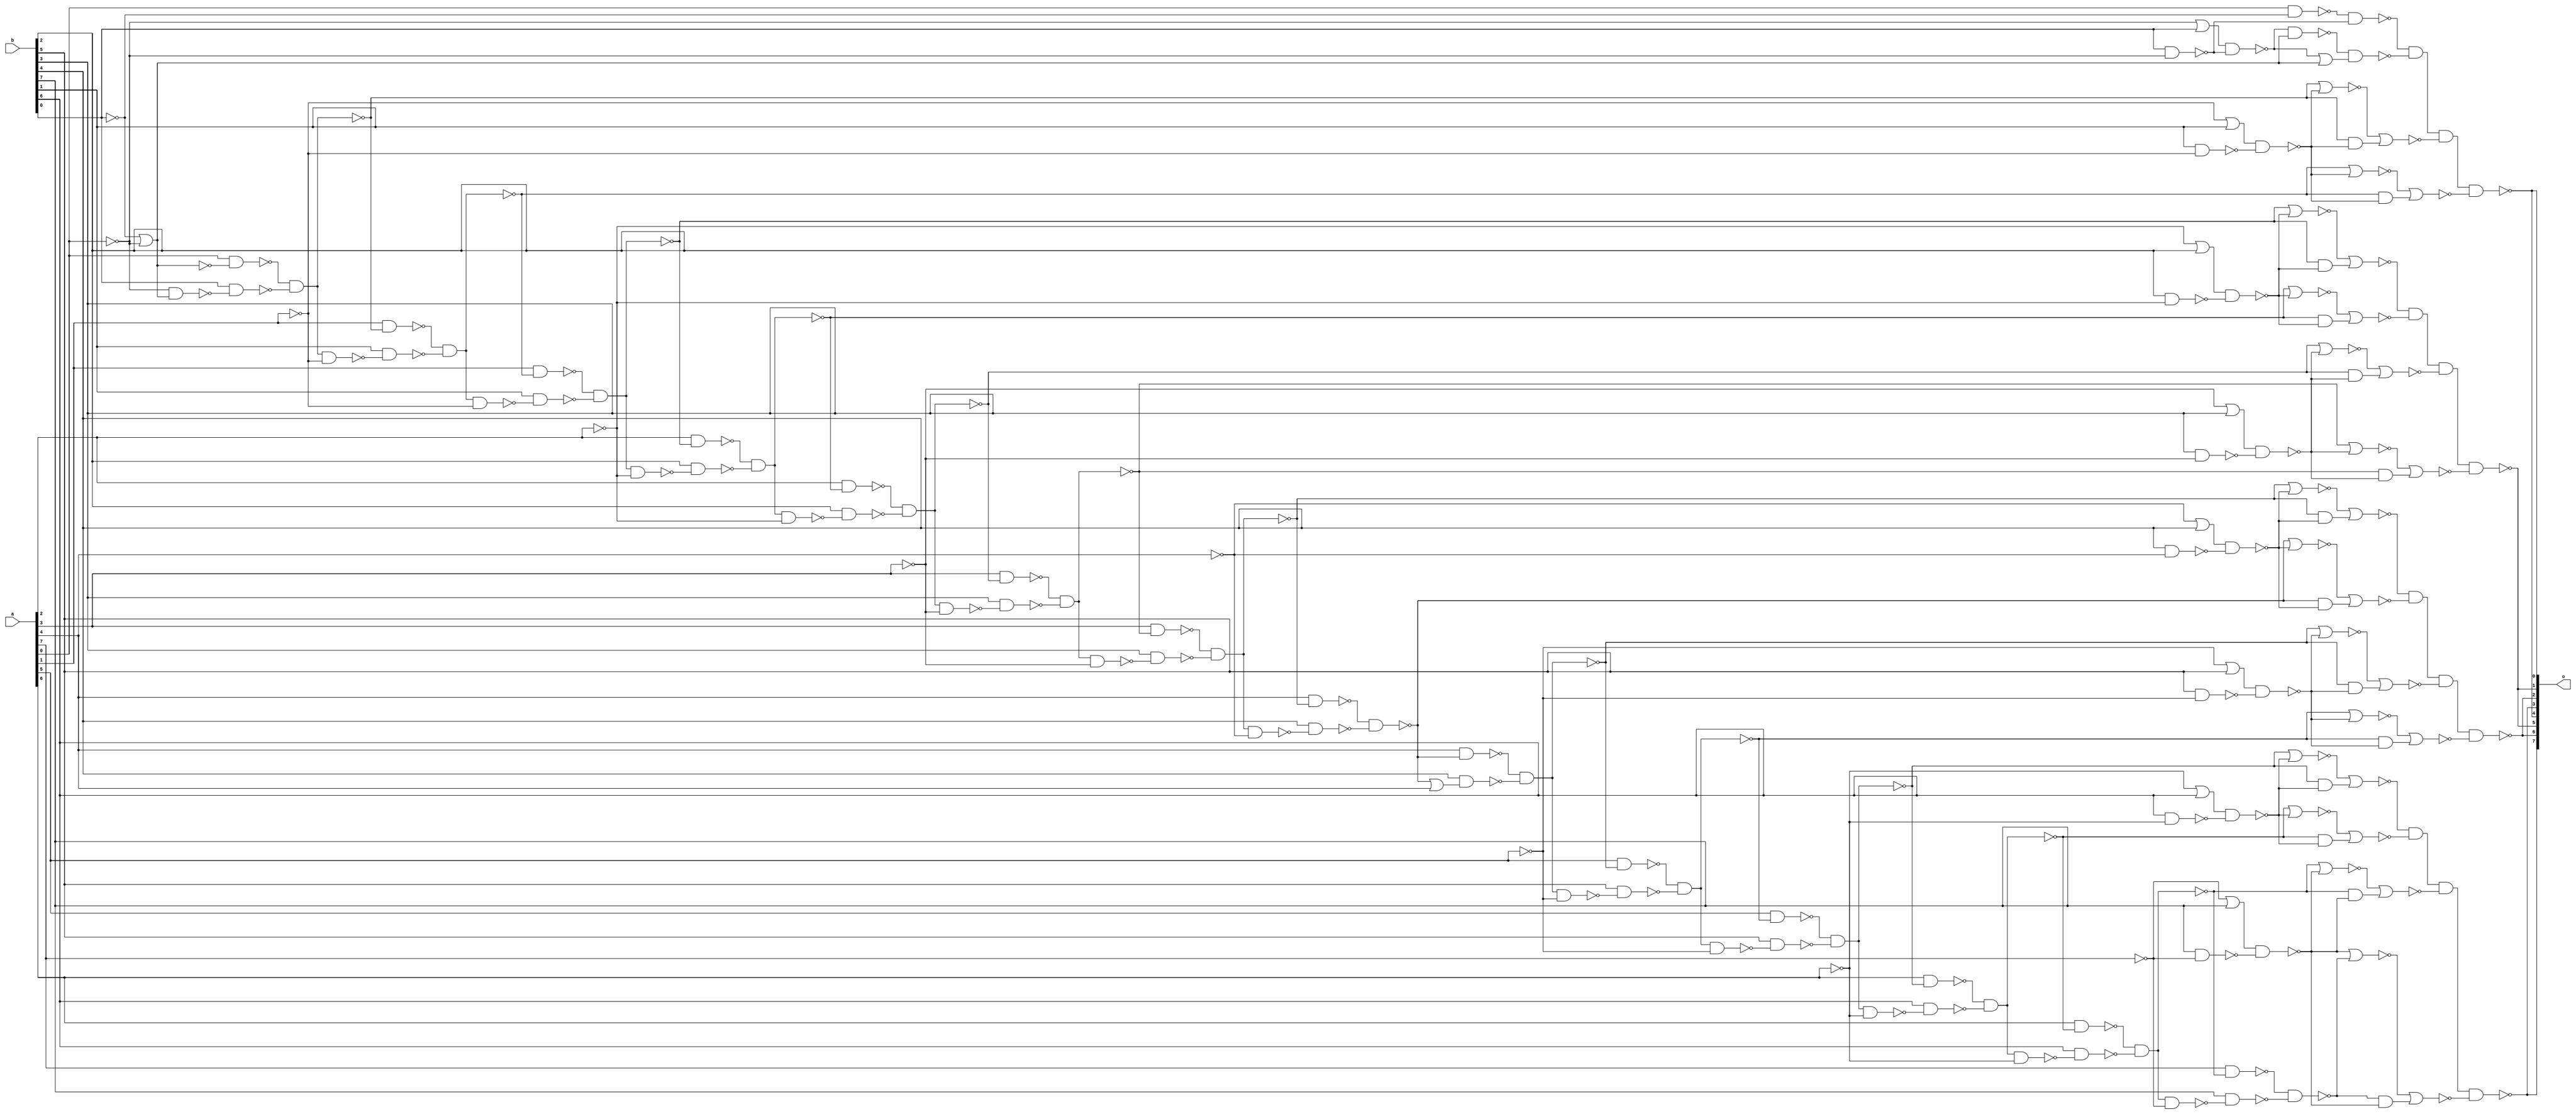
`timescale 1ns /1ps

module add4 ( o, a, b );
  output [15:0] o;
  input [15:0] a;
  input [15:0] b;
  wire   n1, n2, n3, n4, n5, n6, n7,
         n8, n9, n10, n11, n12, n13,
         n14, n15, n16, n17, n18, n19,
         n20, n21, n22, n23, n24, n25,
         n26, n27, n28, n29, n30, n31,
         n32, n33, n34, n35, n36, n37,
         n38, n39, n40, n41, n42, n43,
         n44, n45, n46, n47, n48, n49,
         n50, n51, n52, n53, n54, n55,
         n56, n57, n58, n59, n60, n61,
         n62, n63, n64, n65, n66, n67,
         n68, n69, n70, n71, n72, n73,
         n74, n75, n76, n77, n78, n79,
         n80, n81, n82, n83, n84, n85,
         n86, n87, n88, n89, n90, n91,
         n92, n93, n94, n95, n96, n97,
         n98, n99, n100, n101, n102, n103,
         n104, n105, n106, n107, n108,
         n109, n110, n111, n112, n113,
         n114, n115, n116, n117, n118,
         n119, n120, n121, n122, n123,
         n124, n125, n126, n127, n128,
         n129, n130, n131, n132, n133,
         n134, n135, n136, n137, n138,
         n139, n140, n141, n142, n143,
         n144, n145, n146, n147, n148,
         n149, n150, n151, n152, n153,
         n154, n155, n156, n157, n158,
         n159, n160, n161, n162, n163,
         n164;
	
  wire   a0,a1, a2, a3, a4, a5, a6, a7,
         a8, a9, a10, a11, a12, a13,
         a14, a15;
		 
  wire   b0,b1, b2, b3, b4, b5, b6, b7,
         b8, b9, b10, b11, b12, b13,
         b14, b15;
		 
  wire   o0,o1, o2, o3, o4, o5, o6, o7,
         o8, o9, o10, o11, o12, o13,
         o14, o15;
		 
		 
  buf	#(0.716) G0 ( a0, a[0]);
  buf	#(0.716) G1 ( a1, a[0]);
  buf	#(0.716) G2 ( a2, a[1]); 
  buf	#(0.716) G3 ( a3, a[1]);
  buf	#(0.716) G4 ( a4, a[2]);
  buf	#(0.716) G5 ( a5, a[2]);
  buf	#(0.716) G6 ( a6, a[3]); 
  buf	#(0.716) G7 ( a7, a[3]);
  buf	#(0.716) G8 ( a8, a[4]);
  buf	#(0.716) G9 ( a9, a[4]);
  buf	#(0.716) G10 ( a10, a[5]); 
  buf	#(0.716) G11 ( a11, a[5]);
  buf	#(0.716) G12 ( a12, a[6]);
  buf	#(0.716) G13 ( a13, a[6]);
  buf	#(0.716) G14 ( a14, a[7]); 
  buf	#(0.716) G15 ( a15, a[7]);
  
   buf	#(0.716) H0 ( b0, b[0]);
  buf	#(0.716) H1 ( b1, b[0]);
  buf	#(0.716) H2 ( b2, b[1]); 
  buf	#(0.716) H3 ( b3, b[1]);
  buf	#(0.716) H4 ( b4, b[2]);
  buf	#(0.716) H5 ( b5, b[2]);
  buf	#(0.716) H6 ( b6, b[3]); 
  buf	#(0.716) H7 ( b7, b[3]);
  buf	#(0.716) H8 ( b8, b[4]);
  buf	#(0.716) H9 ( b9, b[4]);
  buf	#(0.716) H10 ( b10, b[5]); 
  buf	#(0.716) H11 ( b11, b[5]);
  buf	#(0.716) H12 ( b12, b[6]);
  buf	#(0.716) H13 ( b13, b[6]);
  buf	#(0.716) H14 ( b14, b[7]); 
  buf	#(0.716) H15 ( b15, b[7]);
                           
  nand  #(0.716) K0  ( o[0],o0,o1,o2,o3);
  nand  #(0.716) K1  ( o[1],o4,o5,o6,o7);
  nand  #(0.716) K2  ( o[2],o8,o9,o10,o11);
  nand  #(0.716) K3  ( o[3],o12,o13,o14,o15);
  
                     
  
  
  
  


  not	#(1.000) U4 ( n60, n160 );
  nor	#(1.000) U5 ( n160, n161, n162 );
  not	#(1.000) U6 ( n52, n156 );
  not	#(1.000) U7 ( n45, n152 );
  not	#(1.000) U8 ( n38, n148 );
  not	#(1.000) U9 ( n31, n144 );
  not	#(1.000) U10 ( n24, n140 );
  not	#(1.000) U11 ( n17, n136 );
  not	#(1.000) U12 ( n10, n132 );
  not	#(1.000) U13 ( n109, n107 );
  not	#(1.000) U14 ( n98, n96 );
  not	#(1.000) U15 ( n87, n85 );
  not	#(1.000) U16 ( n73, n71 );
  not	#(1.000) U17 ( n120, n118 );
  nor	#(1.000) U18 ( o2, n50, n51 );
  and	#(1.000) U19 ( n51, n52, n53 );
  nor	#(1.000) U20 ( n50, n52, n53 );
  nand	#(1.000) U21 ( n53, n54, n55 );
  nor	#(1.000) U22 ( o3, n43, n44 );
  and	#(1.000) U23 ( n44, n45, n46 );
  nor	#(1.000) U24 ( n43, n45, n46 );
  nand	#(1.000) U25 ( n46, n47, n48 );
  nor	#(1.000) U26 ( o4, n36, n37 );
  and	#(1.000) U27 ( n37, n38, n39 );
  nor	#(1.000) U28 ( n36, n38, n39 );
  nand	#(1.000) U29 ( n39, n40, n41 );
  nor	#(1.000) U30 ( o5, n29, n30 );
  and	#(1.000) U31 ( n30, n31, n32 );
  nor	#(1.000) U32 ( n29, n31, n32 );
  nand	#(1.000) U33 ( n32, n33, n34 );
  nor	#(1.000) U34 ( o6, n22, n23 );
  and	#(1.000) U35 ( n23, n24, n25 );
  nor	#(1.000) U36 ( n22, n24, n25 );
  nand	#(1.000) U37 ( n25, n26, n27 );
  nor	#(1.000) U38 ( o7, n15, n16 );
  and	#(1.000) U39 ( n16, n17, n18 );
  nor	#(1.000) U40 ( n15, n17, n18 );
  nand	#(1.000) U41 ( n18, n19, n20 );
  nor	#(1.000) U42 ( o8, n8, n9 );
  and	#(1.000) U43 ( n9, n10, n11 );
  nor	#(1.000) U44 ( n8, n10, n11 );
  nand	#(1.000) U45 ( n11, n12, n13 );
  nor	#(1.000) U46 ( o9, n1, n2 );
  and	#(1.000) U47 ( n2, n3, n4 );
  nor	#(1.000) U48 ( n1, n3, n4 );
  nand	#(1.000) U49 ( n4, n5, n6 );
  nor	#(1.000) U50 ( o10, n121, n122 );
  and	#(1.000) U51 ( n122, n120, n123 );
  nor	#(1.000) U52 ( n121, n120, n123 );
  nand	#(1.000) U53 ( n123, n124, n125 );
  nor	#(1.000) U54 ( o11, n110, n111 );
  and	#(1.000) U55 ( n111, n109, n112 );
  nor	#(1.000) U56 ( n110, n109, n112 );
  nand	#(1.000) U57 ( n112, n113, n114 );
  nor	#(1.000) U58 ( o12, n99, n100 );
  and	#(1.000) U59 ( n100, n98, n101 );
  nor	#(1.000) U60 ( n99, n98, n101 );
  nand	#(1.000) U61 ( n101, n102, n103 );
  nor	#(1.000) U62 ( o13, n88, n89 );
  and	#(1.000) U63 ( n89, n87, n90 );
  nor	#(1.000) U64 ( n88, n87, n90 );
  nand	#(1.000) U65 ( n90, n91, n92 );
  nor	#(1.000) U66 ( o14, n77, n78 );
  and	#(1.000) U67 ( n78, n73, n79 );
  nor	#(1.000) U68 ( n77, n73, n79 );
  nand	#(1.000) U69 ( n79, n80, n81 );
  nor	#(1.000) U70 ( o15, n64, n65 );
  and	#(1.000) U71 ( n65, n66, n67 );
  nor	#(1.000) U72 ( n64, n67, n66 );
  nand	#(1.000) U73 ( n66, n68, n69 );
  nand	#(1.000) U74 ( o1, n57, n58 );
  or	#(1.000) U75 ( n58, n59, n60 );
  nand	#(1.000) U76 ( n57, n59, n60 );
  nand	#(1.000) U77 ( n59, n61, n62 );
  nand	#(1.000) U78 ( n3, n129, n130 );
  nand	#(1.000) U79 ( n129, a8, n10 );
  nand	#(1.000) U80 ( n130, b8, n131 );
  nand	#(1.000) U81 ( n131, n132, n14 );
  and	#(1.000) U82 ( n156, n157, n158 );
  nand	#(1.000) U83 ( n158, b1, n159 );
  nand	#(1.000) U84 ( n157, a1, n160 );
  nand	#(1.000) U85 ( n159, n63, n60 );
  and	#(1.000) U86 ( n152, n153, n154 );
  nand	#(1.000) U87 ( n153, a2, n52 );
  nand	#(1.000) U88 ( n154, b2, n155 );
  nand	#(1.000) U89 ( n155, n156, n56 );
  and	#(1.000) U90 ( n148, n149, n150 );
  nand	#(1.000) U91 ( n149, a3, n45 );
  nand	#(1.000) U92 ( n150, b3, n151 );
  nand	#(1.000) U93 ( n151, n152, n49 );
  and	#(1.000) U94 ( n144, n145, n146 );
  nand	#(1.000) U95 ( n145, a4, n38 );
  nand	#(1.000) U96 ( n146, b4, n147 );
  nand	#(1.000) U97 ( n147, n148, n42 );
  and	#(1.000) U98 ( n107, n115, n116 );
  nand	#(1.000) U99 ( n115, a10, n120 );
  nand	#(1.000) U100 ( n116, b10, n117 );
  nand	#(1.000) U101 ( n117, n118, n119 );
  and	#(1.000) U102 ( n140, n141, n142 );
  nand	#(1.000) U103 ( n141, a5, n31 );
  nand	#(1.000) U104 ( n142, b5, n143 );
  nand	#(1.000) U105 ( n143, n144, n35 );
  and	#(1.000) U106 ( n96, n104, n105 );
  nand	#(1.000) U107 ( n104, a11, n109 );
  nand	#(1.000) U108 ( n105, b11, n106 );
  nand	#(1.000) U109 ( n106, n107, n108 );
  and	#(1.000) U110 ( n136, n137, n138 );
  nand	#(1.000) U111 ( n137, a6, n24 );
  nand	#(1.000) U112 ( n138, b6, n139 );
  nand	#(1.000) U113 ( n139, n140, n28 );
  and	#(1.000) U114 ( n85, n93, n94 );
  nand	#(1.000) U115 ( n93, a12, n98 );
  nand	#(1.000) U116 ( n94, b12, n95 );
  nand	#(1.000) U117 ( n95, n96, n97 );
  and	#(1.000) U118 ( n132, n133, n134 );
  nand	#(1.000) U119 ( n133, a7, n17 );
  nand	#(1.000) U120 ( n134, b7, n135 );
  nand	#(1.000) U121 ( n135, n136, n21 );
  and	#(1.000) U122 ( n71, n82, n83 );
  nand	#(1.000) U123 ( n82, a13, n87 );
  nand	#(1.000) U124 ( n83, b13, n84 );
  nand	#(1.000) U125 ( n84, n85, n86 );
  and	#(1.000) U126 ( n118, n126, n127 );
  nand	#(1.000) U127 ( n127, b9, n128 );
  nand	#(1.000) U128 ( n126, a9, n3 );
  or	#(1.000) U129 ( n128, n3, a9 );
  nand	#(1.000) U130 ( n67, n74, n75 );
  or	#(1.000) U131 ( n74, n76, b15 );
  nand	#(1.000) U132 ( n75, b15, n76 );
  not	#(1.000) U133 ( n76, a15 );
  nand	#(1.000) U134 ( n55, b2, n56 );
  nand	#(1.000) U135 ( n48, b3, n49 );
  nand	#(1.000) U136 ( n41, b4, n42 );
  nand	#(1.000) U137 ( n34, b5, n35 );
  nand	#(1.000) U138 ( n27, b6, n28 );
  nand	#(1.000) U139 ( n20, b7, n21 );
  nand	#(1.000) U140 ( n13, b8, n14 );
  nand	#(1.000) U141 ( n125, b10, n119 );
  nand	#(1.000) U142 ( n114, b11, n108 );
  nand	#(1.000) U143 ( n103, b12, n97 );
  nand	#(1.000) U144 ( n92, b13, n86 );
  nand	#(1.000) U145 ( n81, b14, n72 );
  nand	#(1.000) U146 ( n62, b1, n63 );
  nand	#(1.000) U147 ( n69, b14, n70 );
  nand	#(1.000) U148 ( n70, n71, n72 );
  nand	#(1.000) U149 ( n68, a14, n73 );
  not	#(1.000) U150 ( n56, a2 );
  not	#(1.000) U151 ( n49, a3 );
  not	#(1.000) U152 ( n42, a4 );
  not	#(1.000) U153 ( n35, a5 );
  not	#(1.000) U154 ( n28, a6 );
  not	#(1.000) U155 ( n21, a7 );
  not	#(1.000) U156 ( n14, a8 );
  not	#(1.000) U157 ( n119, a10 );
  not	#(1.000) U158 ( n108, a11 );
  not	#(1.000) U159 ( n97, a12 );
  not	#(1.000) U160 ( n86, a13 );
  not	#(1.000) U161 ( n72, a14 );
  nand	#(1.000) U162 ( n6, b9, n7 );
  not	#(1.000) U163 ( n63, a1 );
  not	#(1.000) U164 ( n161, b0 );
  not	#(1.000) U165 ( n162, a0 );
  nand	#(1.000) U166 ( o0, n163, n164 );
  nand	#(1.000) U167 ( n163, a0, n161 );
  nand	#(1.000) U168 ( n164, b0, n162 );
  or	#(1.000) U169 ( n61, n63, b1 );
  or	#(1.000) U170 ( n54, n56, b2 );
  or	#(1.000) U171 ( n47, n49, b3 );
  or	#(1.000) U172 ( n40, n42, b4 );
  or	#(1.000) U173 ( n33, n35, b5 );
  or	#(1.000) U174 ( n26, n28, b6 );
  or	#(1.000) U175 ( n19, n21, b7 );
  or	#(1.000) U176 ( n12, n14, b8 );
  or	#(1.000) U177 ( n5, n7, b9 );
  or	#(1.000) U178 ( n124, n119, b10 );
  or	#(1.000) U179 ( n113, n108, b11 );
  or	#(1.000) U180 ( n102, n97, b12 );
  or	#(1.000) U181 ( n91, n86, b13 );
  or	#(1.000) U182 ( n80, n72, b14 );
  not	#(1.000) U183 ( n7, a9 );
  
  wire   d1, d2, d3, d4, d5, d6, d7,
         d8, d9, d10, d11, d12, d13,
         d14, d15, d16, d17, d18, d19,
         d20, d21, d22, d23, d24, d25,
         d26, d27, d28, d29, d30, d31,
         d32, d33, d34, d35, d36, d37,
         d38, d39, d40, d41, d42, d43,
         d44, d45, d46, d47, d48, d49,
         d50, d51, d52, d53, d54, d55,
         d56, d57, d58, d59, d60, d61,
         d62, d63, d64, d65, d66, d67,
         d68, d69, d70, d71, d72, d73,
         d74, d75, d76, d77, d78, d79,
         d80, d81, d82, d83, d84, d85,
         d86, d87, d88, d89, d90, d91,
         d92, d93, d94, d95, d96, d97,
         d98, d99, d100, d101, d102, d103,
         d104, d105, d106, d107, d108,
         d109, d110, d111, d112, d113,
         d114, d115, d116, d117, d118,
         d119, d120, d121, d122, d123,
         d124, d125, d126, d127, d128,
         d129, d130, d131, d132, d133,
         d134, d135, d136, d137, d138,
         d139, d140, d141, d142, d143,
         d144, d145, d146, d147, d148,
         d149, d150, d151, d152, d153,
         d154, d155, d156, d157, d158,
         d159, d160, d161, d162, d163,
         d164;
	
  wire   c0,c1, c2, c3, c4, c5, c6, c7,
         c8, c9, c10, c11, c12, c13,
         c14, c15;
		 
  wire   e0,e1, e2, e3, e4, e5, e6, e7,
         e8, e9, e10, e11, e12, e13,
         e14, e15;
		 
  wire   f0,f1, f2, f3, f4, f5, f6, f7,
         f8, f9, f10, f11, f12, f13,
         f14, f15;
		 
		 
  buf	#(0.716) GW0 ( c0, a[0]);
  buf	#(0.716) GW1 ( c1, a[0]);
  buf	#(0.716) GW2 ( c2, a[1]); 
  buf	#(0.716) GW3 ( c3, a[1]);
  buf	#(0.716) GW4 ( c4, a[2]);
  buf	#(0.716) GW5 ( c5, a[2]);
  buf	#(0.716) GW6 ( c6, a[3]); 
  buf	#(0.716) GW7 ( c7, a[3]);
  buf	#(0.716) GW8 ( c8, a[4]);
  buf	#(0.716) GW9 ( c9, a[4]);
  buf	#(0.716) GW10 ( c10, a[5]); 
  buf	#(0.716) GW11 ( c11, a[5]);
  buf	#(0.716) GW12 ( c12, a[6]);
  buf	#(0.716) GW13 ( c13, a[6]);
  buf	#(0.716) GW14 ( c14, a[7]); 
  buf	#(0.716) GW15 ( c15, a[7]);
  
   buf	#(0.716) HW0 ( e0, b[0]);
  buf	#(0.716) HW1 ( e1, b[0]);
  buf	#(0.716) HW2 ( e2, b[1]); 
  buf	#(0.716) HW3 ( e3, b[1]);
  buf	#(0.716) HW4 ( e4, b[2]);
  buf	#(0.716) HW5 ( e5, b[2]);
  buf	#(0.716) HW6 ( e6, b[3]); 
  buf	#(0.716) HW7 ( e7, b[3]);
  buf	#(0.716) HW8 ( e8, b[4]);
  buf	#(0.716) HW9 ( e9, b[4]);
  buf	#(0.716) HW10 ( e10, b[5]); 
  buf	#(0.716) HW11 ( e11, b[5]);
  buf	#(0.716) HW12 ( e12, b[6]);
  buf	#(0.716) HW13 ( e13, b[6]);
  buf	#(0.716) HW14 ( e14, b[7]); 
  buf	#(0.716) HW15 ( e15, b[7]);
                               
  nand  #(0.716) KW0  ( o[4],f0,f1,f2,f3);
  nand  #(0.716) KW1  ( o[5],f4,f5,f6,f7);
  nand  #(0.716) KW2  ( o[6],f8,f9,f10,f11);
  nand  #(0.716) KW3  ( o[7],f12,f13,f14,f15);
  
                     
  
  
  
  


  not	#(1.000) UW4 ( d60, d160 );
  nor	#(1.000) UW5 ( d160, d161, d162 );
  not	#(1.000) UW6 ( d52, d156 );
  not	#(1.000) UW7 ( d45, d152 );
  not	#(1.000) UW8 ( d38, d148 );
  not	#(1.000) UW9 ( d31, d144 );
  not	#(1.000) UW10 ( d24, d140 );
  not	#(1.000) UW11 ( d17, d136 );
  not	#(1.000) UW12 ( d10, d132 );
  not	#(1.000) UW13 ( d109, d107 );
  not	#(1.000) UW14 ( d98, d96 );
  not	#(1.000) UW15 ( d87, d85 );
  not	#(1.000) UW16 ( d73, d71 );
  not	#(1.000) UW17 ( d120, d118 );
  nor	#(1.000) UW18 ( f2, d50, d51 );
  and	#(1.000) UW19 ( d51, d52, d53 );
  nor	#(1.000) UW20 ( d50, d52, d53 );
  nand	#(1.000) UW21 ( d53, d54, d55 );
  nor	#(1.000) UW22 ( f3, d43, d44 );
  and	#(1.000) UW23 ( d44, d45, d46 );
  nor	#(1.000) UW24 ( d43, d45, d46 );
  nand	#(1.000) UW25 ( d46, d47, d48 );
  nor	#(1.000) UW26 ( f4, d36, d37 );
  and	#(1.000) UW27 ( d37, d38, d39 );
  nor	#(1.000) UW28 ( d36, d38, d39 );
  nand	#(1.000) UW29 ( d39, d40, d41 );
  nor	#(1.000) UW30 ( f5, d29, d30 );
  and	#(1.000) UW31 ( d30, d31, d32 );
  nor	#(1.000) UW32 ( d29, d31, d32 );
  nand	#(1.000) UW33 ( d32, d33, d34 );
  nor	#(1.000) UW34 ( f6, d22, d23 );
  and	#(1.000) UW35 ( d23, d24, d25 );
  nor	#(1.000) UW36 ( d22, d24, d25 );
  nand	#(1.000) UW37 ( d25, d26, d27 );
  nor	#(1.000) UW38 ( f7, d15, d16 );
  and	#(1.000) UW39 ( d16, d17, d18 );
  nor	#(1.000) UW40 ( d15, d17, d18 );
  nand	#(1.000) UW41 ( d18, d19, d20 );
  nor	#(1.000) UW42 ( f8, d8, d9 );
  and	#(1.000) UW43 ( d9, d10, d11 );
  nor	#(1.000) UW44 ( d8, d10, d11 );
  nand	#(1.000) UW45 ( d11, d12, d13 );
  nor	#(1.000) UW46 ( f9, d1, d2 );
  and	#(1.000) UW47 ( d2, d3, d4 );
  nor	#(1.000) UW48 ( d1, d3, d4 );
  nand	#(1.000) UW49 ( d4, d5, d6 );
  nor	#(1.000) UW50 ( f10, d121, d122 );
  and	#(1.000) UW51 ( d122, d120, d123 );
  nor	#(1.000) UW52 ( d121, d120, d123 );
  nand	#(1.000) UW53 ( d123, d124, d125 );
  nor	#(1.000) UW54 ( f11, d110, d111 );
  and	#(1.000) UW55 ( d111, d109, d112 );
  nor	#(1.000) UW56 ( d110, d109, d112 );
  nand	#(1.000) UW57 ( d112, d113, d114 );
  nor	#(1.000) UW58 ( f12, d99, d100 );
  and	#(1.000) UW59 ( d100, d98, d101 );
  nor	#(1.000) UW60 ( d99, d98, d101 );
  nand	#(1.000) UW61 ( d101, d102, d103 );
  nor	#(1.000) UW62 ( f13, d88, d89 );
  and	#(1.000) UW63 ( d89, d87, d90 );
  nor	#(1.000) UW64 ( d88, d87, d90 );
  nand	#(1.000) UW65 ( d90, d91, d92 );
  nor	#(1.000) UW66 ( f14, d77, d78 );
  and	#(1.000) UW67 ( d78, d73, d79 );
  nor	#(1.000) UW68 ( d77, d73, d79 );
  nand	#(1.000) UW69 ( d79, d80, d81 );
  nor	#(1.000) UW70 ( f15, d64, d65 );
  and	#(1.000) UW71 ( d65, d66, d67 );
  nor	#(1.000) UW72 ( d64, d67, d66 );
  nand	#(1.000) UW73 ( d66, d68, d69 );
  nand	#(1.000) UW74 ( f1, d57, d58 );
  or	#(1.000) UW75 ( d58, d59, d60 );
  nand	#(1.000) UW76 ( d57, d59, d60 );
  nand	#(1.000) UW77 ( d59, d61, d62 );
  nand	#(1.000) UW78 ( d3, d129, d130 );
  nand	#(1.000) UW79 ( d129, c8, d10 );
  nand	#(1.000) UW80 ( d130, e8, d131 );
  nand	#(1.000) UW81 ( d131, d132, d14 );
  and	#(1.000) UW82 ( d156, d157, d158 );
  nand	#(1.000) UW83 ( d158, e1, d159 );
  nand	#(1.000) UW84 ( d157, c1, d160 );
  nand	#(1.000) UW85 ( d159, d63, d60 );
  and	#(1.000) UW86 ( d152, d153, d154 );
  nand	#(1.000) UW87 ( d153, c2, d52 );
  nand	#(1.000) UW88 ( d154, e2, d155 );
  nand	#(1.000) UW89 ( d155, d156, d56 );
  and	#(1.000) UW90 ( d148, d149, d150 );
  nand	#(1.000) UW91 ( d149, c3, d45 );
  nand	#(1.000) UW92 ( d150, e3, d151 );
  nand	#(1.000) UW93 ( d151, d152, d49 );
  and	#(1.000) UW94 ( d144, d145, d146 );
  nand	#(1.000) UW95 ( d145, c4, d38 );
  nand	#(1.000) UW96 ( d146, e4, d147 );
  nand	#(1.000) UW97 ( d147, d148, d42 );
  and	#(1.000) UW98 ( d107, d115, d116 );
  nand	#(1.000) UW99 ( d115, c10, d120 );
  nand	#(1.000) UW100 ( d116, e10, d117 );
  nand	#(1.000) UW101 ( d117, d118, d119 );
  and	#(1.000) UW102 ( d140, d141, d142 );
  nand	#(1.000) UW103 ( d141, c5, d31 );
  nand	#(1.000) UW104 ( d142, e5, d143 );
  nand	#(1.000) UW105 ( d143, d144, d35 );
  and	#(1.000) UW106 ( d96, d104, d105 );
  nand	#(1.000) UW107 ( d104, c11, d109 );
  nand	#(1.000) UW108 ( d105, e11, d106 );
  nand	#(1.000) UW109 ( d106, d107, d108 );
  and	#(1.000) UW110 ( d136, d137, d138 );
  nand	#(1.000) UW111 ( d137, c6, d24 );
  nand	#(1.000) UW112 ( d138, e6, d139 );
  nand	#(1.000) UW113 ( d139, d140, d28 );
  and	#(1.000) UW114 ( d85, d93, d94 );
  nand	#(1.000) UW115 ( d93, c12, d98 );
  nand	#(1.000) UW116 ( d94, e12, d95 );
  nand	#(1.000) UW117 ( d95, d96, d97 );
  and	#(1.000) UW118 ( d132, d133, d134 );
  nand	#(1.000) UW119 ( d133, c7, d17 );
  nand	#(1.000) UW120 ( d134, e7, d135 );
  nand	#(1.000) UW121 ( d135, d136, d21 );
  and	#(1.000) UW122 ( d71, d82, d83 );
  nand	#(1.000) UW123 ( d82, c13, d87 );
  nand	#(1.000) UW124 ( d83, e13, d84 );
  nand	#(1.000) UW125 ( d84, d85, d86 );
  and	#(1.000) UW126 ( d118, d126, d127 );
  nand	#(1.000) UW127 ( d127, e9, d128 );
  nand	#(1.000) UW128 ( d126, c9, d3 );
  or	#(1.000) UW129 ( d128, d3, c9 );
  nand	#(1.000) UW130 ( d67, d74, d75 );
  or	#(1.000) UW131 ( d74, d76, e15 );
  nand	#(1.000) UW132 ( d75, e15, d76 );
  not	#(1.000) UW133 ( d76, c15 );
  nand	#(1.000) UW134 ( d55, e2, d56 );
  nand	#(1.000) UW135 ( d48, e3, d49 );
  nand	#(1.000) UW136 ( d41, e4, d42 );
  nand	#(1.000) UW137 ( d34, e5, d35 );
  nand	#(1.000) UW138 ( d27, e6, d28 );
  nand	#(1.000) UW139 ( d20, e7, d21 );
  nand	#(1.000) UW140 ( d13, e8, d14 );
  nand	#(1.000) UW141 ( d125, e10, d119 );
  nand	#(1.000) UW142 ( d114, e11, d108 );
  nand	#(1.000) UW143 ( d103, e12, d97 );
  nand	#(1.000) UW144 ( d92, e13, d86 );
  nand	#(1.000) UW145 ( d81, e14, d72 );
  nand	#(1.000) UW146 ( d62, e1, d63 );
  nand	#(1.000) UW147 ( d69, e14, d70 );
  nand	#(1.000) UW148 ( d70, d71, d72 );
  nand	#(1.000) UW149 ( d68, c14, d73 );
  not	#(1.000) UW150 ( d56, c2 );
  not	#(1.000) UW151 ( d49, c3 );
  not	#(1.000) UW152 ( d42, c4 );
  not	#(1.000) UW153 ( d35, c5 );
  not	#(1.000) UW154 ( d28, c6 );
  not	#(1.000) UW155 ( d21, c7 );
  not	#(1.000) UW156 ( d14, c8 );
  not	#(1.000) UW157 ( d119, c10 );
  not	#(1.000) UW158 ( d108, c11 );
  not	#(1.000) UW159 ( d97, c12 );
  not	#(1.000) UW160 ( d86, c13 );
  not	#(1.000) UW161 ( d72, c14 );
  nand	#(1.000) UW162 ( d6, e9, d7 );
  not	#(1.000) UW163 ( d63, c1 );
  not	#(1.000) UW164 ( d161, e0 );
  not	#(1.000) UW165 ( d162, c0 );
  nand	#(1.000) UW166 ( f0, d163, d164 );
  nand	#(1.000) UW167 ( d163, c0, d161 );
  nand	#(1.000) UW168 ( d164, e0, d162 );
  or	#(1.000) UW169 ( d61, d63, e1 );
  or	#(1.000) UW170 ( d54, d56, e2 );
  or	#(1.000) UW171 ( d47, d49, e3 );
  or	#(1.000) UW172 ( d40, d42, e4 );
  or	#(1.000) UW173 ( d33, d35, e5 );
  or	#(1.000) UW174 ( d26, d28, e6 );
  or	#(1.000) UW175 ( d19, d21, e7 );
  or	#(1.000) UW176 ( d12, d14, e8 );
  or	#(1.000) UW177 ( d5, d7, e9 );
  or	#(1.000) UW178 ( d124, d119, e10 );
  or	#(1.000) UW179 ( d113, d108, e11 );
  or	#(1.000) UW180 ( d102, d97, e12 );
  or	#(1.000) UW181 ( d91, d86, e13 );
  or	#(1.000) UW182 ( d80, d72, e14 );
  not	#(1.000) UW183 ( d7, c9 );
  
  

   endmodule